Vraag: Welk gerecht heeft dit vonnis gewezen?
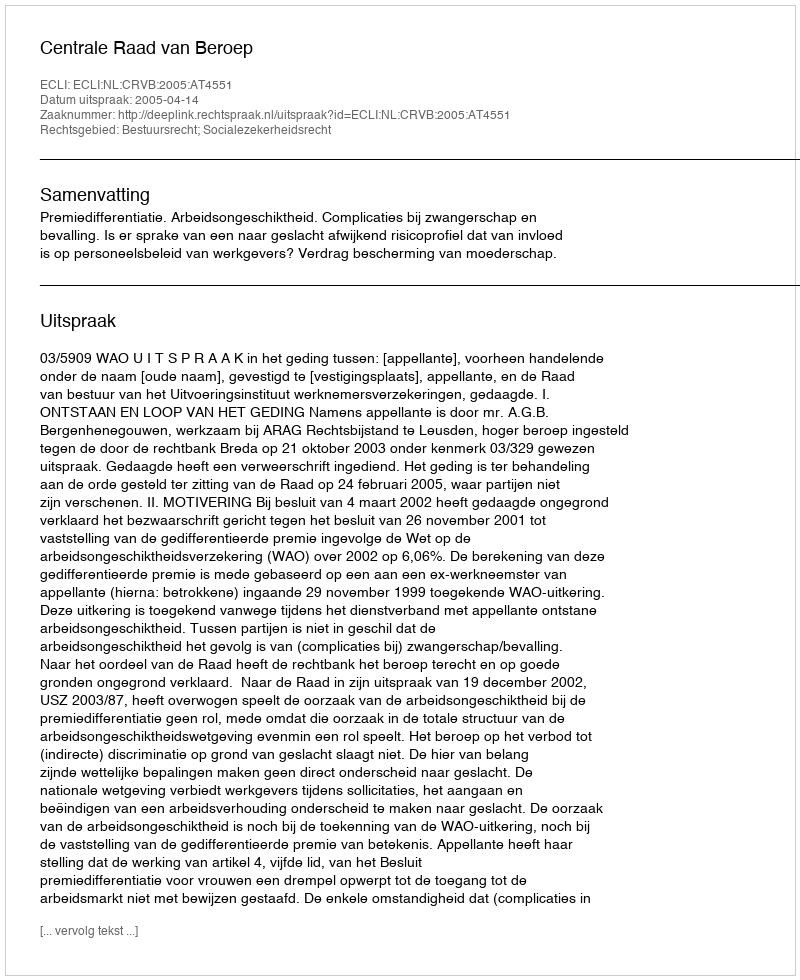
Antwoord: Centrale Raad van Beroep